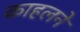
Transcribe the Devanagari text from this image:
काहलने